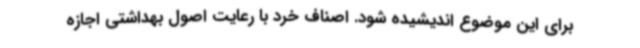
برای این موضوع اندیشیده شود. اصناف خرد با رعایت اصول بهداشتی اجازه